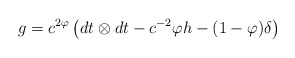
\begin{align*}g = c^{2\varphi} \left( dt\otimes dt - c^{-2} \varphi h -(1-\varphi) \delta\right)\end{align*}